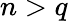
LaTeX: n>q